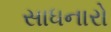
સાધનારો